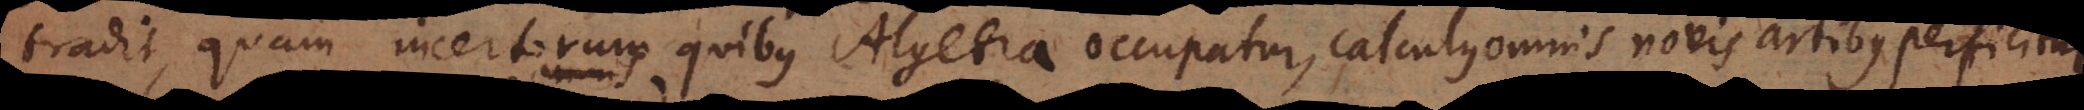
tradit, quam incertorum quibus Algebra occupatur, calculus omnis ad pau